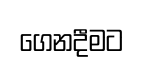
ගෙනදීමට